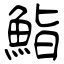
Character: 鮨